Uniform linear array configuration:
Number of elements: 48
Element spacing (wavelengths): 1
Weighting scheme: hann
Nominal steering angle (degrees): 45
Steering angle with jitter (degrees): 43.688
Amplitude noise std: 0.05
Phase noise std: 0.05

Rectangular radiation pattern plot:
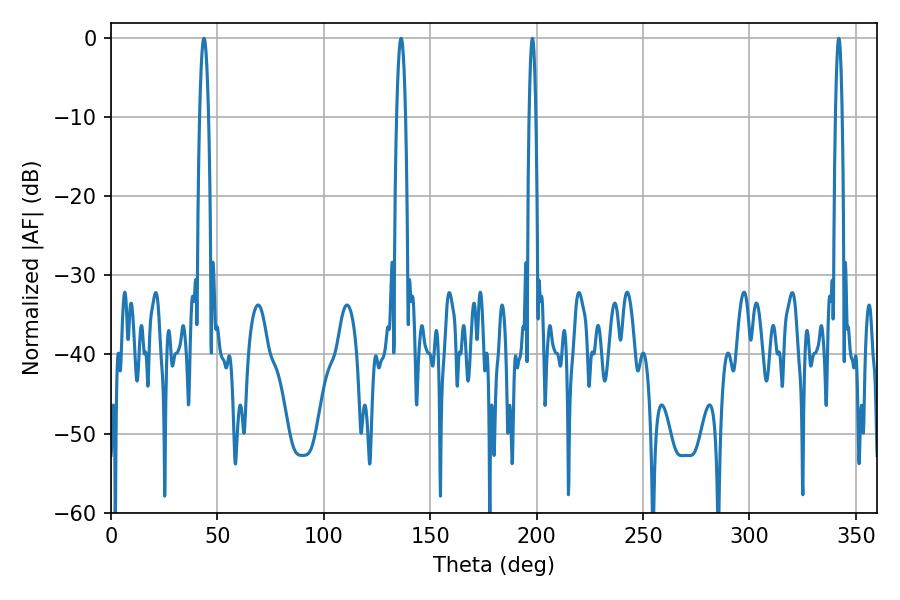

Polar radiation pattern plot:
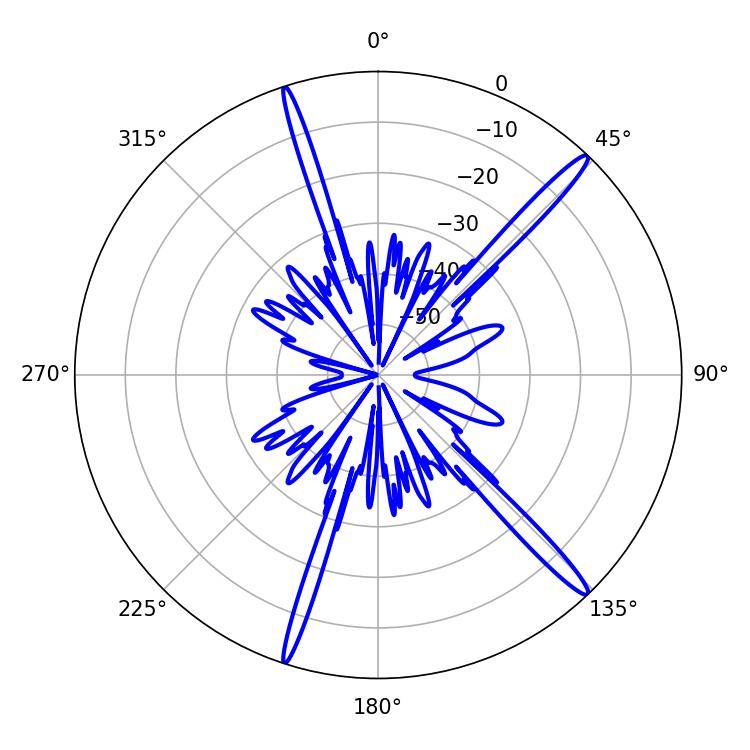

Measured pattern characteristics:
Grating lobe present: TRUE
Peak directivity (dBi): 16.964
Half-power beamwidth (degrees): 1.8
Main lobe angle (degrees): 198